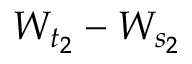
W _ { t _ { 2 } } - W _ { s _ { 2 } }